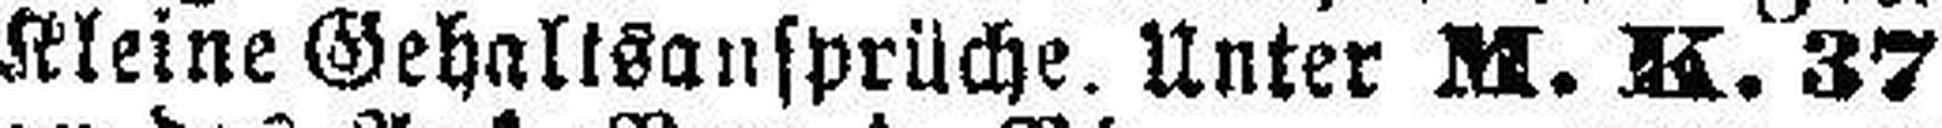
Kleine Gehaltsansprüche. Unter M. K. 37